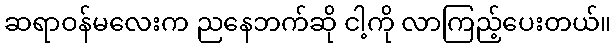
ဆရာဝန်မလေးက ညနေဘက်ဆို ငါ့ကို လာကြည့်ပေးတယ်။